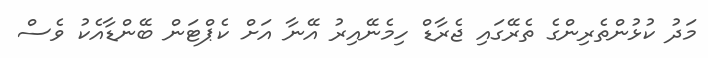
މަދު ކުޅުންތެރިންގެ ތެރޭގައި ޖެރާޑް ހިމެނޭއިރު އޭނާ އަށް ކެޕްޓަން ބޭންޑާއެކު ވެސް